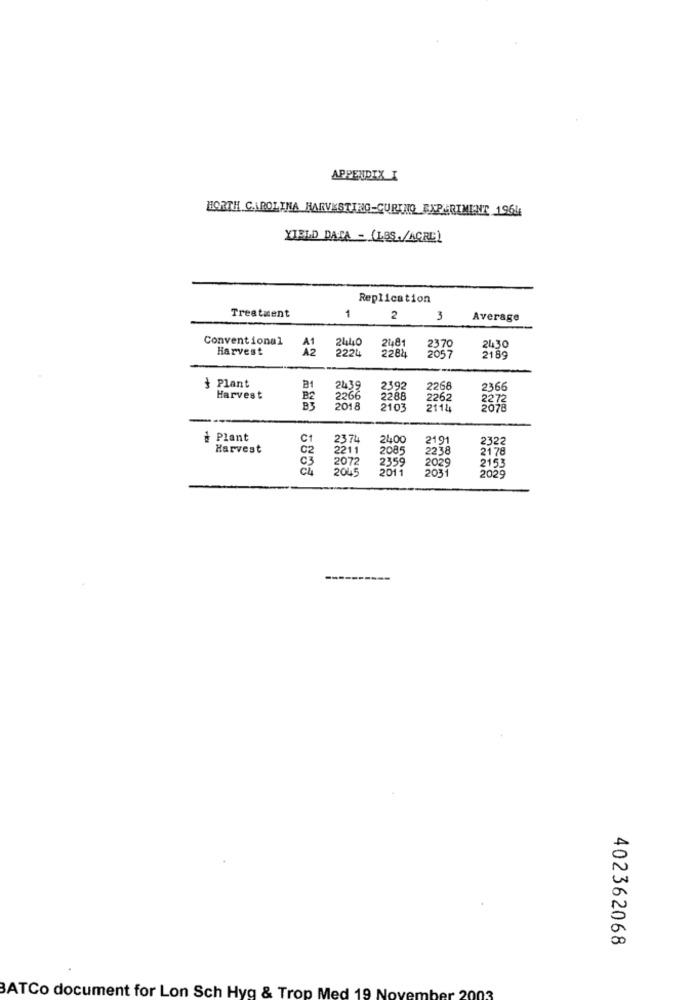
APPENDIX I
HORTH CAROLINA HARVESTING-CURTAQ EXPERIMENT 1964
YIELD DATA - (LBS./ACRE)
Replication
Treatment
1
2
3
Average
Conventional
24440
Harvest
A2
2224
24481
2284
2057
2370
2430
2189
§ Plant
2439
2392
2268
2366
Harvest
2266
2288
2262
2272
2018
2103
2114
2078
¿ Plant
2374
2400
2191
2322
Harvest
02
2211
2085
2238
2178
2072
2359
2029
2153
5888
2045
2011
2031
2029
402362068
BATCo document for Lon Sch Hyg & Trop Med 19 Novembe